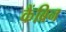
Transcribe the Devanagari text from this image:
कैंब्रिन